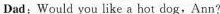
Dad:Would you like a hot dog. Ann?